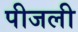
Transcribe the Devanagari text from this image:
पीजली